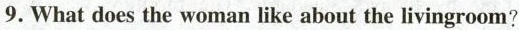
9. What does the woman like about the livingroom?